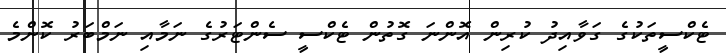
ޓެކްސީތަކުގެ ގަވާއިދު ކުރިން އޮންނަ ގޮތުން ޓެކްސީ ސެންޓަރުގެ ނަމާއި ނަމްބަރު ކޮންމެ